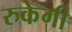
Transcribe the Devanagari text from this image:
रुकेगी